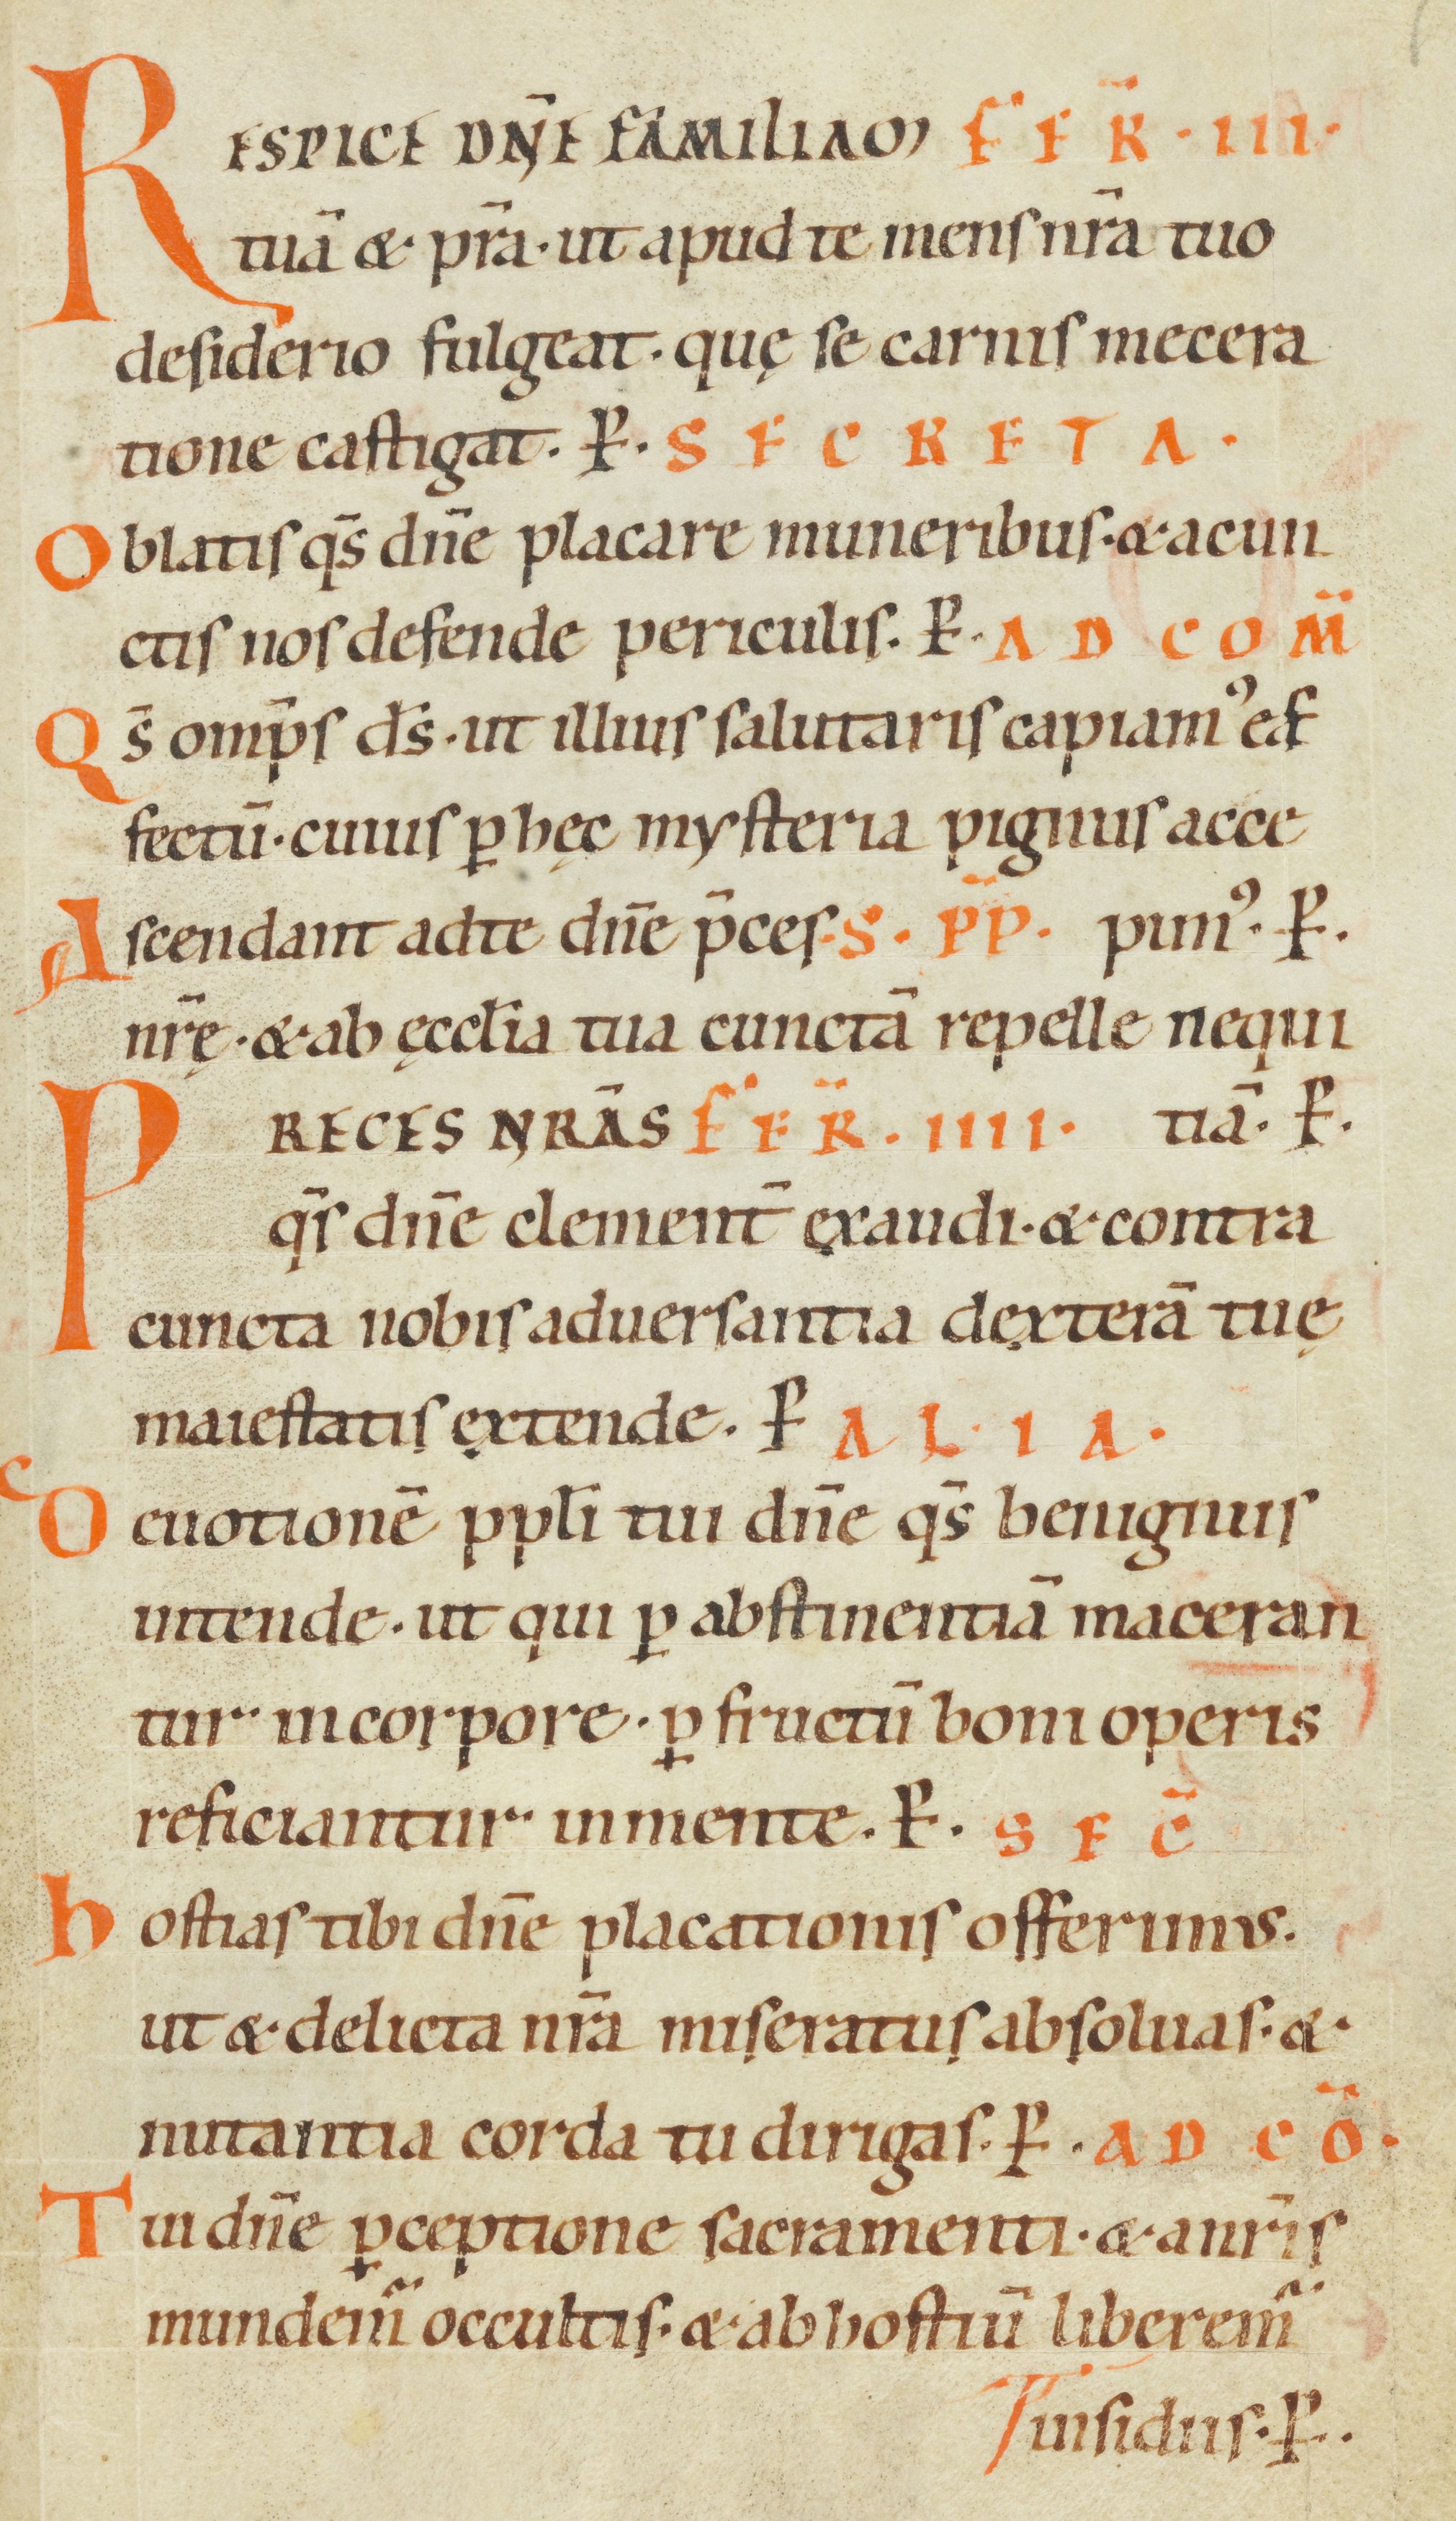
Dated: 1000–1099